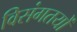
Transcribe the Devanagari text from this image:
विसंगतयों